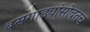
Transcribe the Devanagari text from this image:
बसगाड्यांसोबतच